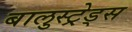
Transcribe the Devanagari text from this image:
बालुस्‍ट्रेड्स